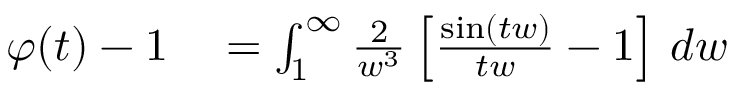
\begin{array} { r l } { \varphi ( t ) - 1 } & { { } = \int _ { 1 } ^ { \infty } { \frac { 2 } { w ^ { 3 } } } \left[ { \frac { \sin ( t w ) } { t w } } - 1 \right] \, d w } \end{array}